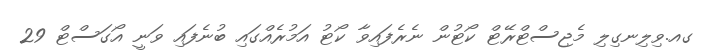
ގއ.ވިލިނގިލި މެޖިސްޓްރޭޓް ކޯޓުން ނެރެފައިވާ ކޯޓު އަމުރެއްގައި ބުނެފައި ވަނީ އޯގަސްޓް 29